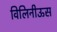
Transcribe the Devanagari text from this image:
विलिनीऊस